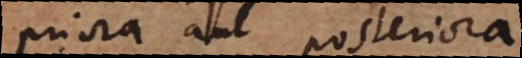
priora aut posteriora.